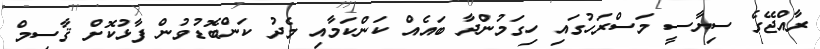
ރާއްޖޭގެ ސިޔާސީ މަސްރަހުގައި ހިގަމުންދާ ބައެއް ކަންކަމާއި މެދު ކަންބޮޑުވުން ފާޅުކޮށް ޤާސިމް